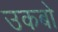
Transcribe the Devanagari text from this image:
उकबो